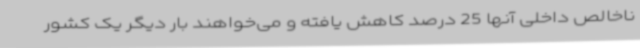
ناخالص داخلی آنها 25 درصد کاهش یافته و می‌خواهند بار دیگر یک کشور